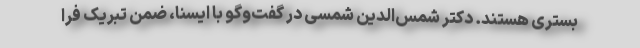
بستری هستند. دکتر شمس‌الدین شمسی در گفت‌وگو با ایسنا، ضمن تبریک فرا